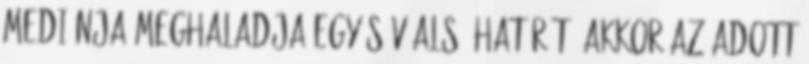
mediánja meghaladja egy sáv alsó határát, akkor az adott